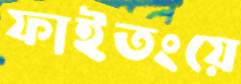
ফাইতংয়ে